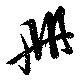
冊